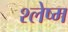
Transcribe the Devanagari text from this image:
श्‍लेष्‍म